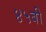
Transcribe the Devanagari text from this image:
४५बी